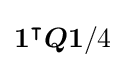
{\boldsymbol {1}}^{\intercal }{\boldsymbol {Q1}}/4